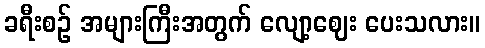
ခရီးစဉ် အများကြီးအတွက် လျော့ဈေး ပေးသလား။